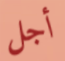
أجل